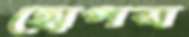
হোপস